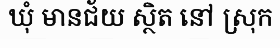
ឃុំ មានជ័យ ស្ថិត នៅ ស្រុក